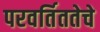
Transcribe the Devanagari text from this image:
परवर्तिततेचे